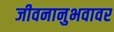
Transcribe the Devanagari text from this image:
जीवनानुभवावर